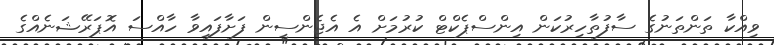
ވިއްކާ ތަންތަނުގެ ސާފުތާހިރުކަން އިންސްޕެކްޓް ކުރުމަށް އެ އެޖެންސީން ފަށާފައިވާ ހާއްސަ އޮޕަރޭޝަނެއްގެ